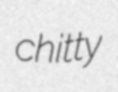
chitty